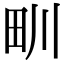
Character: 甽